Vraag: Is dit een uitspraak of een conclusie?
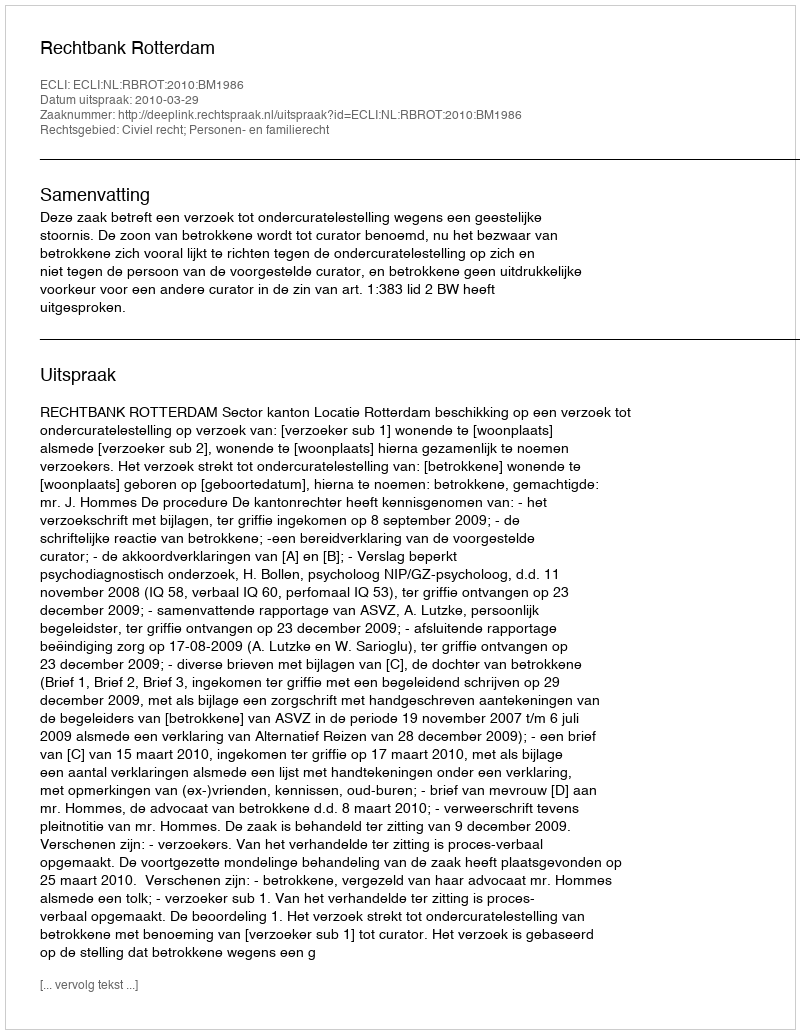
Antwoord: Uitspraak